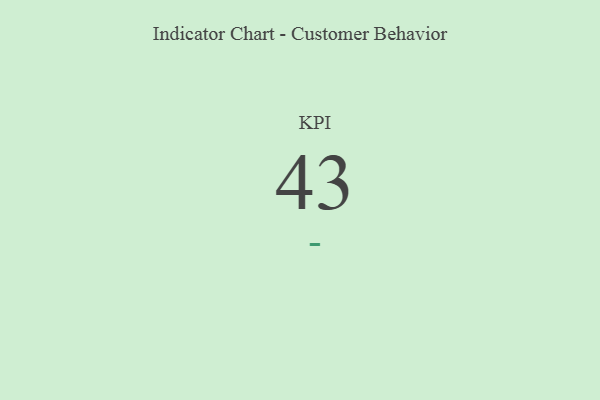
{"axis": {"x": "KPI", "y": "Value"}, "legend": [""], "data": [{"x": "KPI", "y": 43, "type": ""}]}